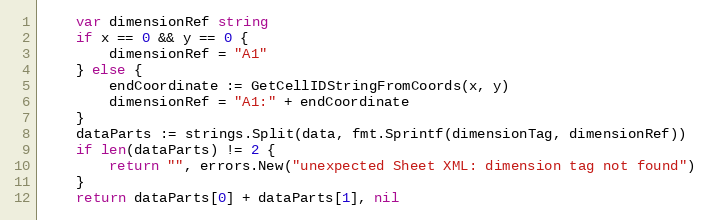
Language: Go
	var dimensionRef string
	if x == 0 && y == 0 {
		dimensionRef = "A1"
	} else {
		endCoordinate := GetCellIDStringFromCoords(x, y)
		dimensionRef = "A1:" + endCoordinate
	}
	dataParts := strings.Split(data, fmt.Sprintf(dimensionTag, dimensionRef))
	if len(dataParts) != 2 {
		return "", errors.New("unexpected Sheet XML: dimension tag not found")
	}
	return dataParts[0] + dataParts[1], nil